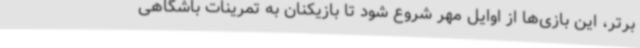
برتر، این بازی‌ها از اوایل مهر شروع شود تا بازیکنان به تمرینات باشگاهی